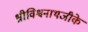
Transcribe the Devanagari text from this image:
श्रीविश्वनाथजीके